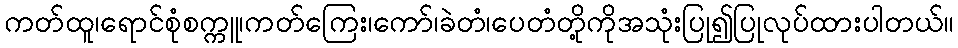
ကတ်ထူ၊ရောင်စုံစက္ကူ၊ကတ်ကြေး၊ကော်၊ခဲတံ၊ပေတံတို့ကိုအသုံးပြု၍ပြုလုပ်ထားပါတယ်။